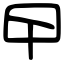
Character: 曱